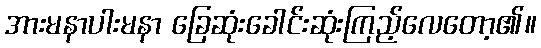
အားမနာပါးမနာ ခြေဆုံးခေါင်းဆုံးကြည့်လေတော့၏။